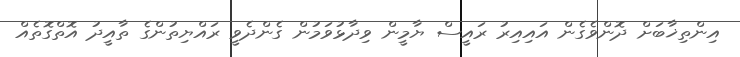
އިންތިޚާބަށް ދޮންވެގެން އައިއިރު ރައީސް ޔާމީން ވިދާޅުވަމުން ގެންދެވީ ރައްޔިތުންގެ ތާއީދު އޮތްގޮތެއް